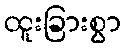
ထူးခြားစွာ